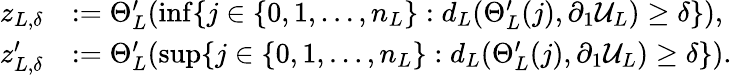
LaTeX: \begin{array}{rl}{z_{L,\delta}}&{:=\Theta_{L}^{\prime}(\operatorname*{inf}\{ j\in\{ 0,1,\ldots,n_{L}\} :d_{L}(\Theta_{L}^{\prime}(j),\partial_{1}\mathcal{U}_{L})\geq\delta\} ),\; }\\ {z_{L,\delta}^{\prime}}&{:=\Theta_{L}^{\prime}(\operatorname*{sup}\{ j\in\{ 0,1,\ldots,n_{L}\} :d_{L}(\Theta_{L}^{\prime}(j),\partial_{1}\mathcal{U}_{L})\geq\delta\} ).}\end{array}